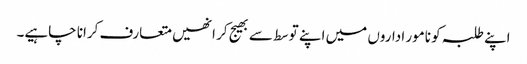
اپنے طلبہ کو نامور اداروں میں اپنے توسط سے بھیج کر انھیں متعارف کرانا چاہیے۔